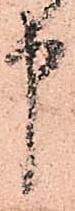
申